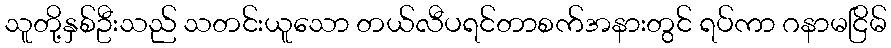
သူတို့နှစ်ဦးသည် သတင်းယူသော တယ်လီပရင်တာစက်အနားတွင် ရပ်ကာ ဂနာမငြိမ်